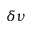
\delta \nu